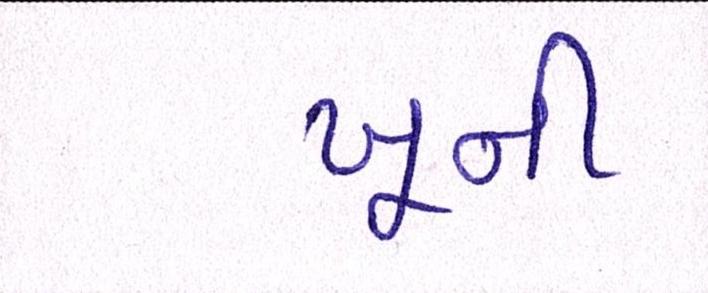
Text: ખૂની